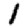
Digit: 1